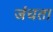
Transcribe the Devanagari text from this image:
जंचता